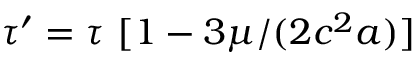
\tau ^ { \prime } = \tau \ [ 1 - 3 \mu / ( 2 c ^ { 2 } a ) ]